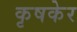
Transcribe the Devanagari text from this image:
कृषकेर